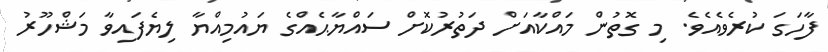
ފާހަގަ ކުރެވެއެވެ. މި ގޮތުން މައްކާއަށް ދަތުރުކޮށް ސައްޔާޙެއްގެ ޔައުމިއްޔާ ލިޔެފައިވާ މަޝްހޫރު